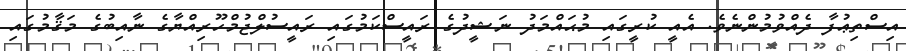
އިސްތިޢުފާ ދެއްވުމުންނެވެ. އެއީ ކުރީގައި މުޙައްމަދު ނަޝީދުގެ ރައީސްކަމުގައި ރައީސުލްޖުމްހޫރިއްޔާގެ ނާއިބުގެ މަޤާމުގައި